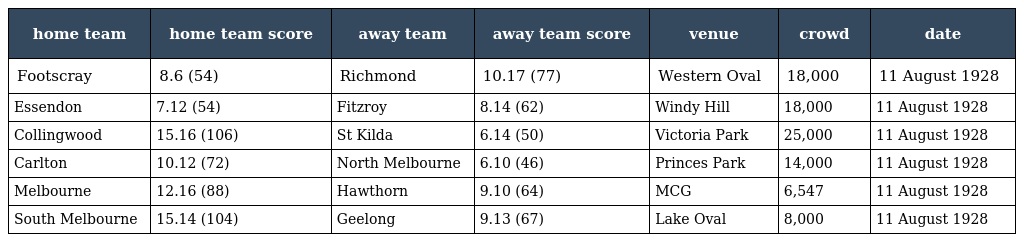
| home team | home team score | away team | away team score | venue | crowd | date |
 | --- | --- | --- | --- | --- | --- | --- |
 | Footscray | 8.6 (54) | Richmond | 10.17 (77) | Western Oval | 18,000 | 11 August 1928 |
 | Essendon | 7.12 (54) | Fitzroy | 8.14 (62) | Windy Hill | 18,000 | 11 August 1928 |
 | Collingwood | 15.16 (106) | St Kilda | 6.14 (50) | Victoria Park | 25,000 | 11 August 1928 |
 | Carlton | 10.12 (72) | North Melbourne | 6.10 (46) | Princes Park | 14,000 | 11 August 1928 |
 | Melbourne | 12.16 (88) | Hawthorn | 9.10 (64) | MCG | 6,547 | 11 August 1928 |
 | South Melbourne | 15.14 (104) | Geelong | 9.13 (67) | Lake Oval | 8,000 | 11 August 1928 |